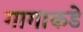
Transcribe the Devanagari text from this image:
गागाकडे